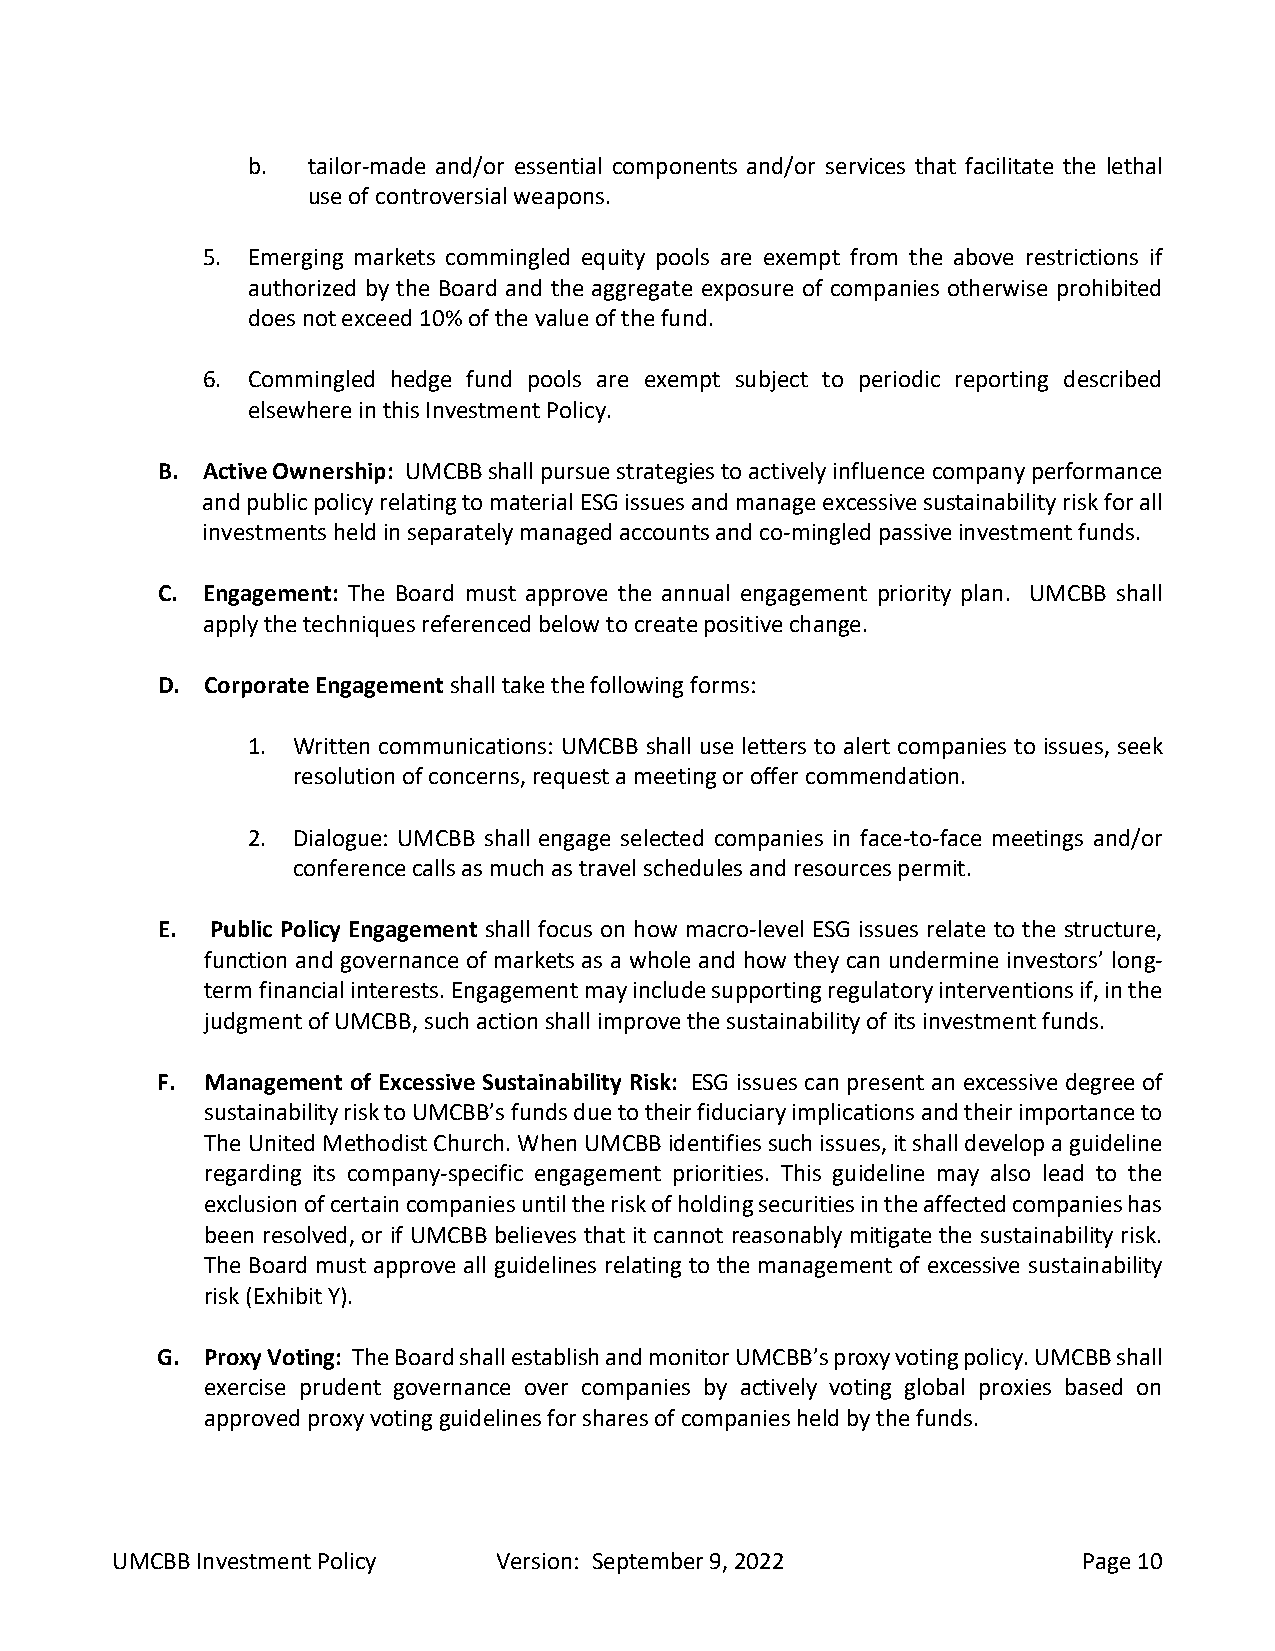
b.  tailor-made and/or essential components and/or services that facilitate the lethal
 use of controversial weapons.
 5. Emerging markets commingled equity pools are exempt from the above restrictions if
 authorized by the Board and the aggregate exposure of companies otherwise prohibited
 does not exceed 10% of the value of the fund.
 6. Commingled hedge fund pools are exempt subject to periodic reporting described
 elsewhere in this Investment Policy.
 B. Active Ownership: UMCBB shall pursue strategies to actively influence company performance
 and public policy relating to material ESG issues and manage excessive sustainability risk for all
 investments held in separately managed accounts and co-mingled passive investment funds.
 C. Engagement: The Board must approve the annual engagement priority plan. UMCBB shall
 apply the techniques referenced below to create positive change.
 D.  Corporate Engagement shall take the following forms:
 1. Written communications: UMCBB shall use letters to alert companies to issues, seek
 resolution of concerns, request a meeting or offer commendation.
 2. Dialogue: UMCBB shall engage selected companies in face-to-face meetings and/or
 conference calls as much as travel schedules and resources permit.
 E.  Public Policy Engagement shall focus on how macro-level ESG issues relate to the structure,
 function and governance of markets as a whole and how they can undermine investors’ long-
 term financial interests. Engagement may include supporting regulatory interventions if, in the
 judgment of UMCBB, such action shall improve the sustainability of its investment funds.
 F.  Management of Excessive Sustainability Risk: ESG issues can present an excessive degree of
 sustainability risk to UMCBB’s funds due to their fiduciary implications and their importance to
 The United Methodist Church. When UMCBB identifies such issues, it shall develop a guideline
 regarding its company-specific engagement priorities. This guideline may also lead to the
 exclusion of certain companies until the risk of holding securities in the affected companies has
 been resolved, or if UMCBB believes that it cannot reasonably mitigate the sustainability risk.
 The Board must approve all guidelines relating to the management of excessive sustainability
 risk (Exhibit Y).
 G.  Proxy Voting: The Board shall establish and monitor UMCBB’s proxy voting policy. UMCBB shall
 exercise prudent governance over companies by actively voting global proxies based on
 approved proxy voting guidelines for shares of companies held by the funds.
 UMCBB Investment Policy   Version: September 9, 2022             Page 10